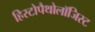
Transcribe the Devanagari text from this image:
हिस्टोपैथोलॉजिस्ट